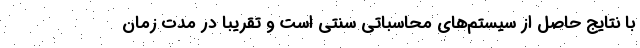
با نتایج حاصل از سیستم‌های محاسباتی سنتی است و تقریباً در مدت زمان